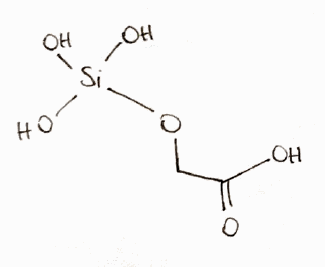
Simplified molecular-input line-entry system (SMILES) notation of the given molecule:
C(C(=O)O)O[Si](O)(O)O